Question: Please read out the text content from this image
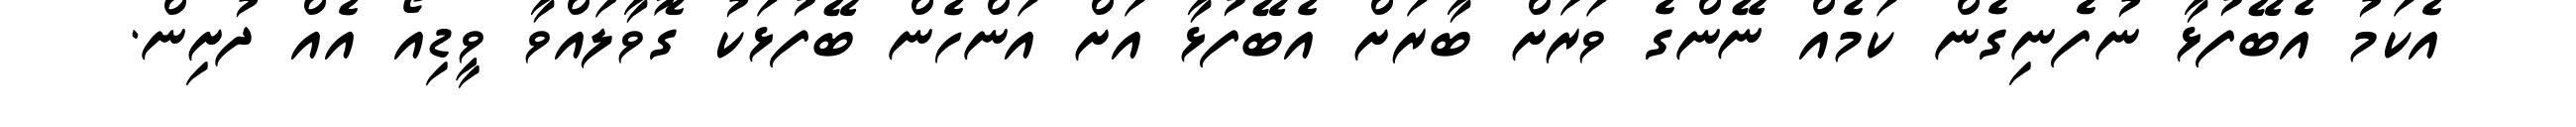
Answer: އެކަމު އެބޭފުޅާ ނުފެނިގެން ކަމެއް ނޭންގެ ވަރަށް ބާރަށް އެބޭފުޅާ އަށް އަންހެން ބޭފުޅަކު ގޮވާލައްވާ ވީޑިއޯ އެއް ދުށިން.